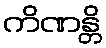
ကိဏန္တိ